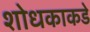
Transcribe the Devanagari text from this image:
शोधकाकडे